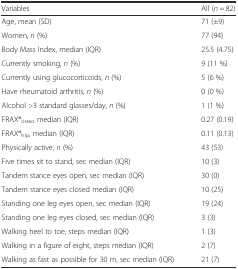
<table><thead><tr><td><b>Variables</b></td><td><b>All (<i>n</i> = 82)</b></td></tr></thead><tbody><tr><td>Age, mean (SD)</td><td>71 (±9)</td></tr><tr><td>Women, <i>n</i> (%)</td><td>77 (94)</td></tr><tr><td>Body Mass Index, median (IQR)</td><td>25.5 (4.75)</td></tr><tr><td>Currently smoking, <i>n</i> (%)</td><td>9 (11 %)</td></tr><tr><td>Currently using glucocorticoids, <i>n</i> (%)</td><td>5 (6 %)</td></tr><tr><td>Have rheumatoid arthritis, <i>n</i> (%)</td><td>0 (0 %)</td></tr><tr><td>Alcohol &gt;3 standard glasses/day, <i>n</i> (%)</td><td>1 (1 %)</td></tr><tr><td>FRAX®<sub>osteo</sub> median (IQR)</td><td>0.27 (0.19)</td></tr><tr><td>FRAX®<sub>hip</sub>, median (IQR)</td><td>0.11 (0.13)</td></tr><tr><td>Physically active, <i>n</i> (%)</td><td>43 (53)</td></tr><tr><td>Five times sit to stand, sec median (IQR)</td><td>10 (3)</td></tr><tr><td>Tandem stance eyes open, sec median (IQR)</td><td>30 (0)</td></tr><tr><td>Tandem stance eyes closed median (IQR)</td><td>10 (25)</td></tr><tr><td>Standing one leg eyes open, sec median (IQR)</td><td>19 (24)</td></tr><tr><td>Standing one leg eyes closed, sec median (IQR)</td><td>3 (3)</td></tr><tr><td>Walking heel to toe, steps median (IQR)</td><td>1 (3)</td></tr><tr><td>Walking in a figure of eight, steps median (IQR)</td><td>2 (7)</td></tr><tr><td>Walking as fast as possible for 30 m, sec median (IQR)</td><td>21 (7)</td></tr></tbody></table>